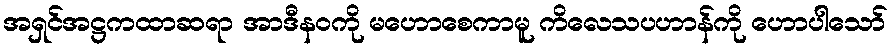
အရှင်အဋ္ဌကထာဆရာ အာဒီနဝကို မဟောစေကာမူ ကိလေသပဟာန်ကို ဟောပါသော်